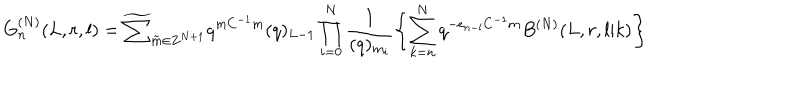
LaTeX: G _ { n } ^ { ( N ) } ( L , r , l ) = \widetilde { \sum } _ { \tilde { m } \in { \bf Z } ^ { N + 1 } } q ^ { m C ^ { - 1 } m } ( q ) _ { L - 1 } \prod _ { i = 0 } ^ { N } \frac { 1 } { ( q ) _ { m _ { i } } } \left\{ \sum _ { k = n } ^ { N } q ^ { - e _ { n - l } C ^ { - 1 } m } B ^ { ( N ) } ( L , r , l | k ) \right\}